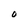
Character: O